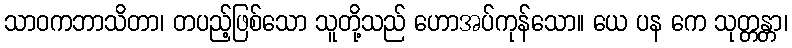
သာဝကဘာသိတာ၊ တပည့်ဖြစ်သော သူတို့သည် ဟောအပ်ကုန်သော။ ယေ ပန ကေ သုတ္တန္တာ၊